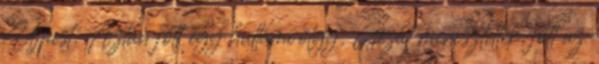
Újpest. Aztán jött egy hullámvölgy, Gézát menesztették, jött az